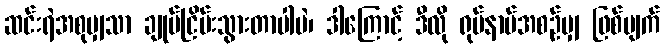
ဆင်းရဲအစုမျှသာ ချုပ်ငြိမ်းသွားတာပါပဲ၊ ဒါကြောင့် ဒီလို ရုပ်နာမ်အစဉ်မျှ ဖြစ်ပျက်